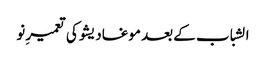
الشباب کے بعد موغادیشو کی تعمیرِ نو